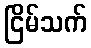
ငြိမ်သက်